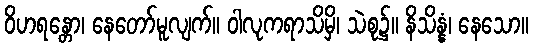
ဝိဟရန္တော၊ နေတော်မူလျက်။ ဝါလုကရာသိမှိ၊ သဲစု၌။ နိသိန္နံ၊ နေသော။